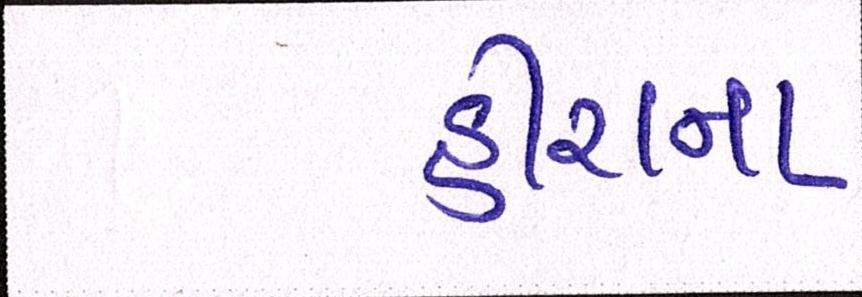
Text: હીરાના